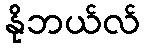
နိုဘယ်လ်